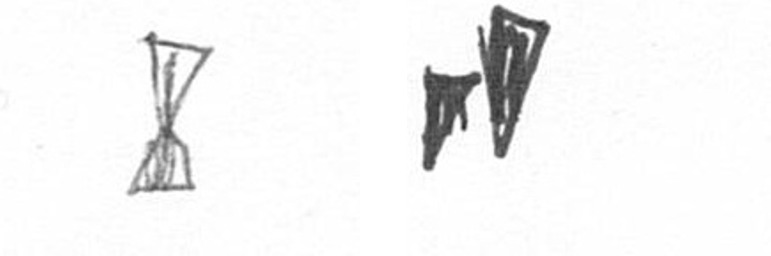
Z M